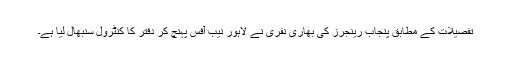
تفصیلات کے مطابق پنجاب رینجرز کی بھاری نفری نے لاہور نیب آفس پہنچ کر دفتر کا کنٹرول سنبھال لیا ہے۔